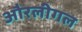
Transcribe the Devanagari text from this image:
औरलीगल